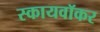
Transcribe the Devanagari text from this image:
स्कायवॉकर